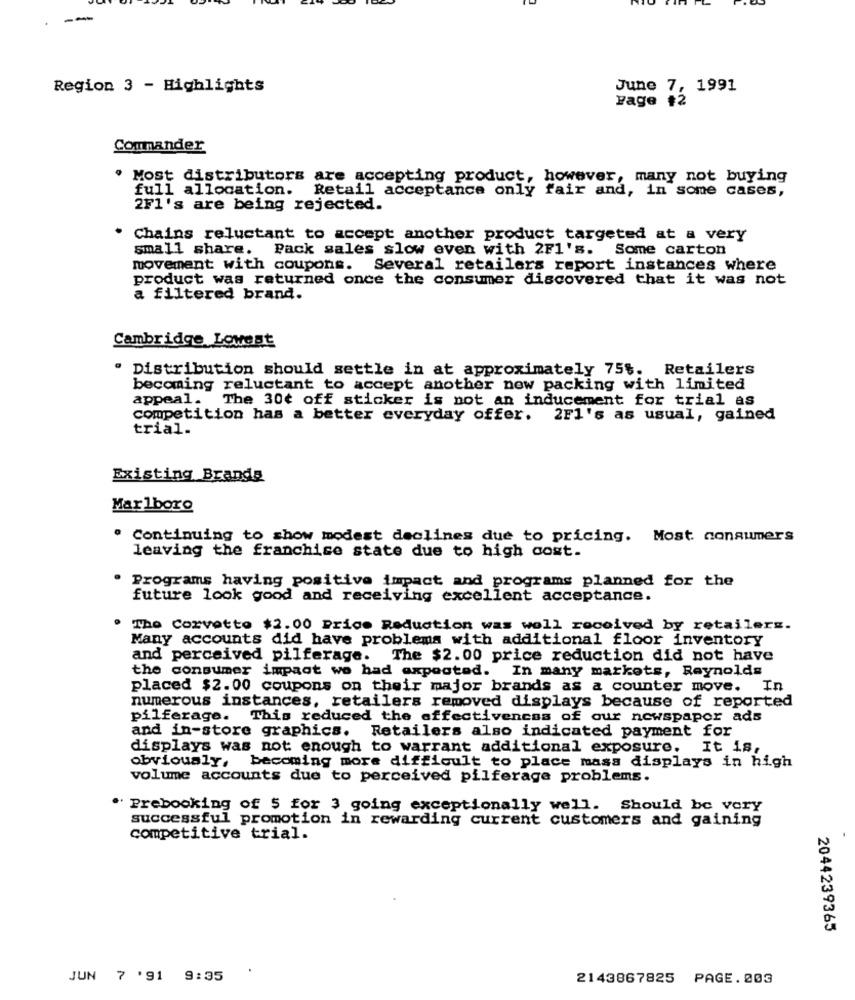
--
Region 3 - Highlights
June 7, 1991
Page #2
Commander
. Most distributors are accepting product, however, many not buying
full allocation. Retail acceptance only fair and, in some cases,
2F1's are being rejected.
Chains reluctant to accept another product targeted at a very
small share. Pack sales slow even with 2F1's. Some carton
movement with coupons.
Several retailers report instances where
product was returned once the consumer discovered that it was not
a filtered brand.
Cambridge Lowest
" Distribution should settle in at approximately 75%. Retailers
becoming reluctant to accept another now packing with limited
appeal. The 30¢ off sticker is not an inducement for trial as
competition has a better everyday offer. 2F1's as usual, gained
trial.
Existing Brands
Marlboro
. Continuing to show modest declines due to pricing. Most consumers
leaving the franchise state due to high cost.
Programs having positive impact and programs planned for the
future look good and receiving excellent acceptance.
. The Corvetto $2.00 Price Reduction was well received by retailers.
Many accounts did have problems with additional floor inventory
and perceived pilferage. The $2.00 price reduction did not have
the consumer impact we had expected. In many markets, Reynolds
placed $2.00 coupons on their major brands as a counter move. In
numerous instances, retailers removed displays because of reported
pilferage. This reduced the effectiveness of our newspaper ads
and in-store graphics. Retailers also indicated payment for
displays was not enough to warrant additional exposure.
It is,
obviously, becoming more difficult to place mass displays in high
volume accounts due to perceived pilferage problems.
" Prebooking of 5 for 3 going exceptionally well. Should be very
successful promotion in rewarding current customers and gaining
competitive trial.
2044239365
JUN 7 '91 9:35
2143867825
PAGE. 203